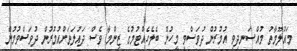
މައުލޫމާތު މުއްސަނދިވި އުމުރުން ދުވަސްވީ މީހުން ބެލެހެއްޓުމުގެ ޒިންމާ ވެސް ދައުލަތަށްއުމުރުން ދުވަސްވުމުން